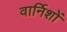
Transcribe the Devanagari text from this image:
वार्निशों